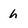
Character: h